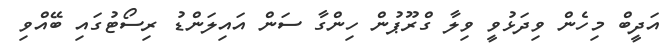
އަދީބް މިހެން ވިދަޅުވީ ވިލާ ގްރޫޕުން ހިންގާ ސަން އައިލަންޑު ރިސޯޓުގައި ބޭއްވި